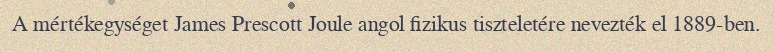
A mértékegységet James Prescott Joule angol fizikus tiszteletére nevezték el 1889-ben.